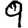
Digit: 9